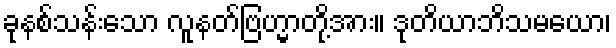
ခုနစ်သန်းသော လူနတ်ဗြဟ္မာတို့အား။ ဒုတိယာဘိသမယော၊